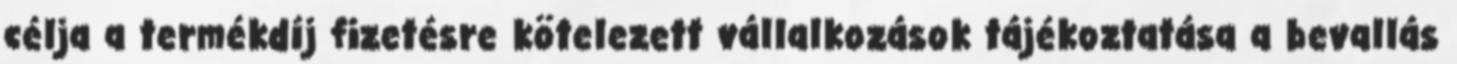
célja a termékdíj fizetésre kötelezett vállalkozások tájékoztatása a bevallás